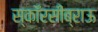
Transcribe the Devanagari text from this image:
स्कॉरसीब्राऊ